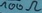
Text: 100Ω